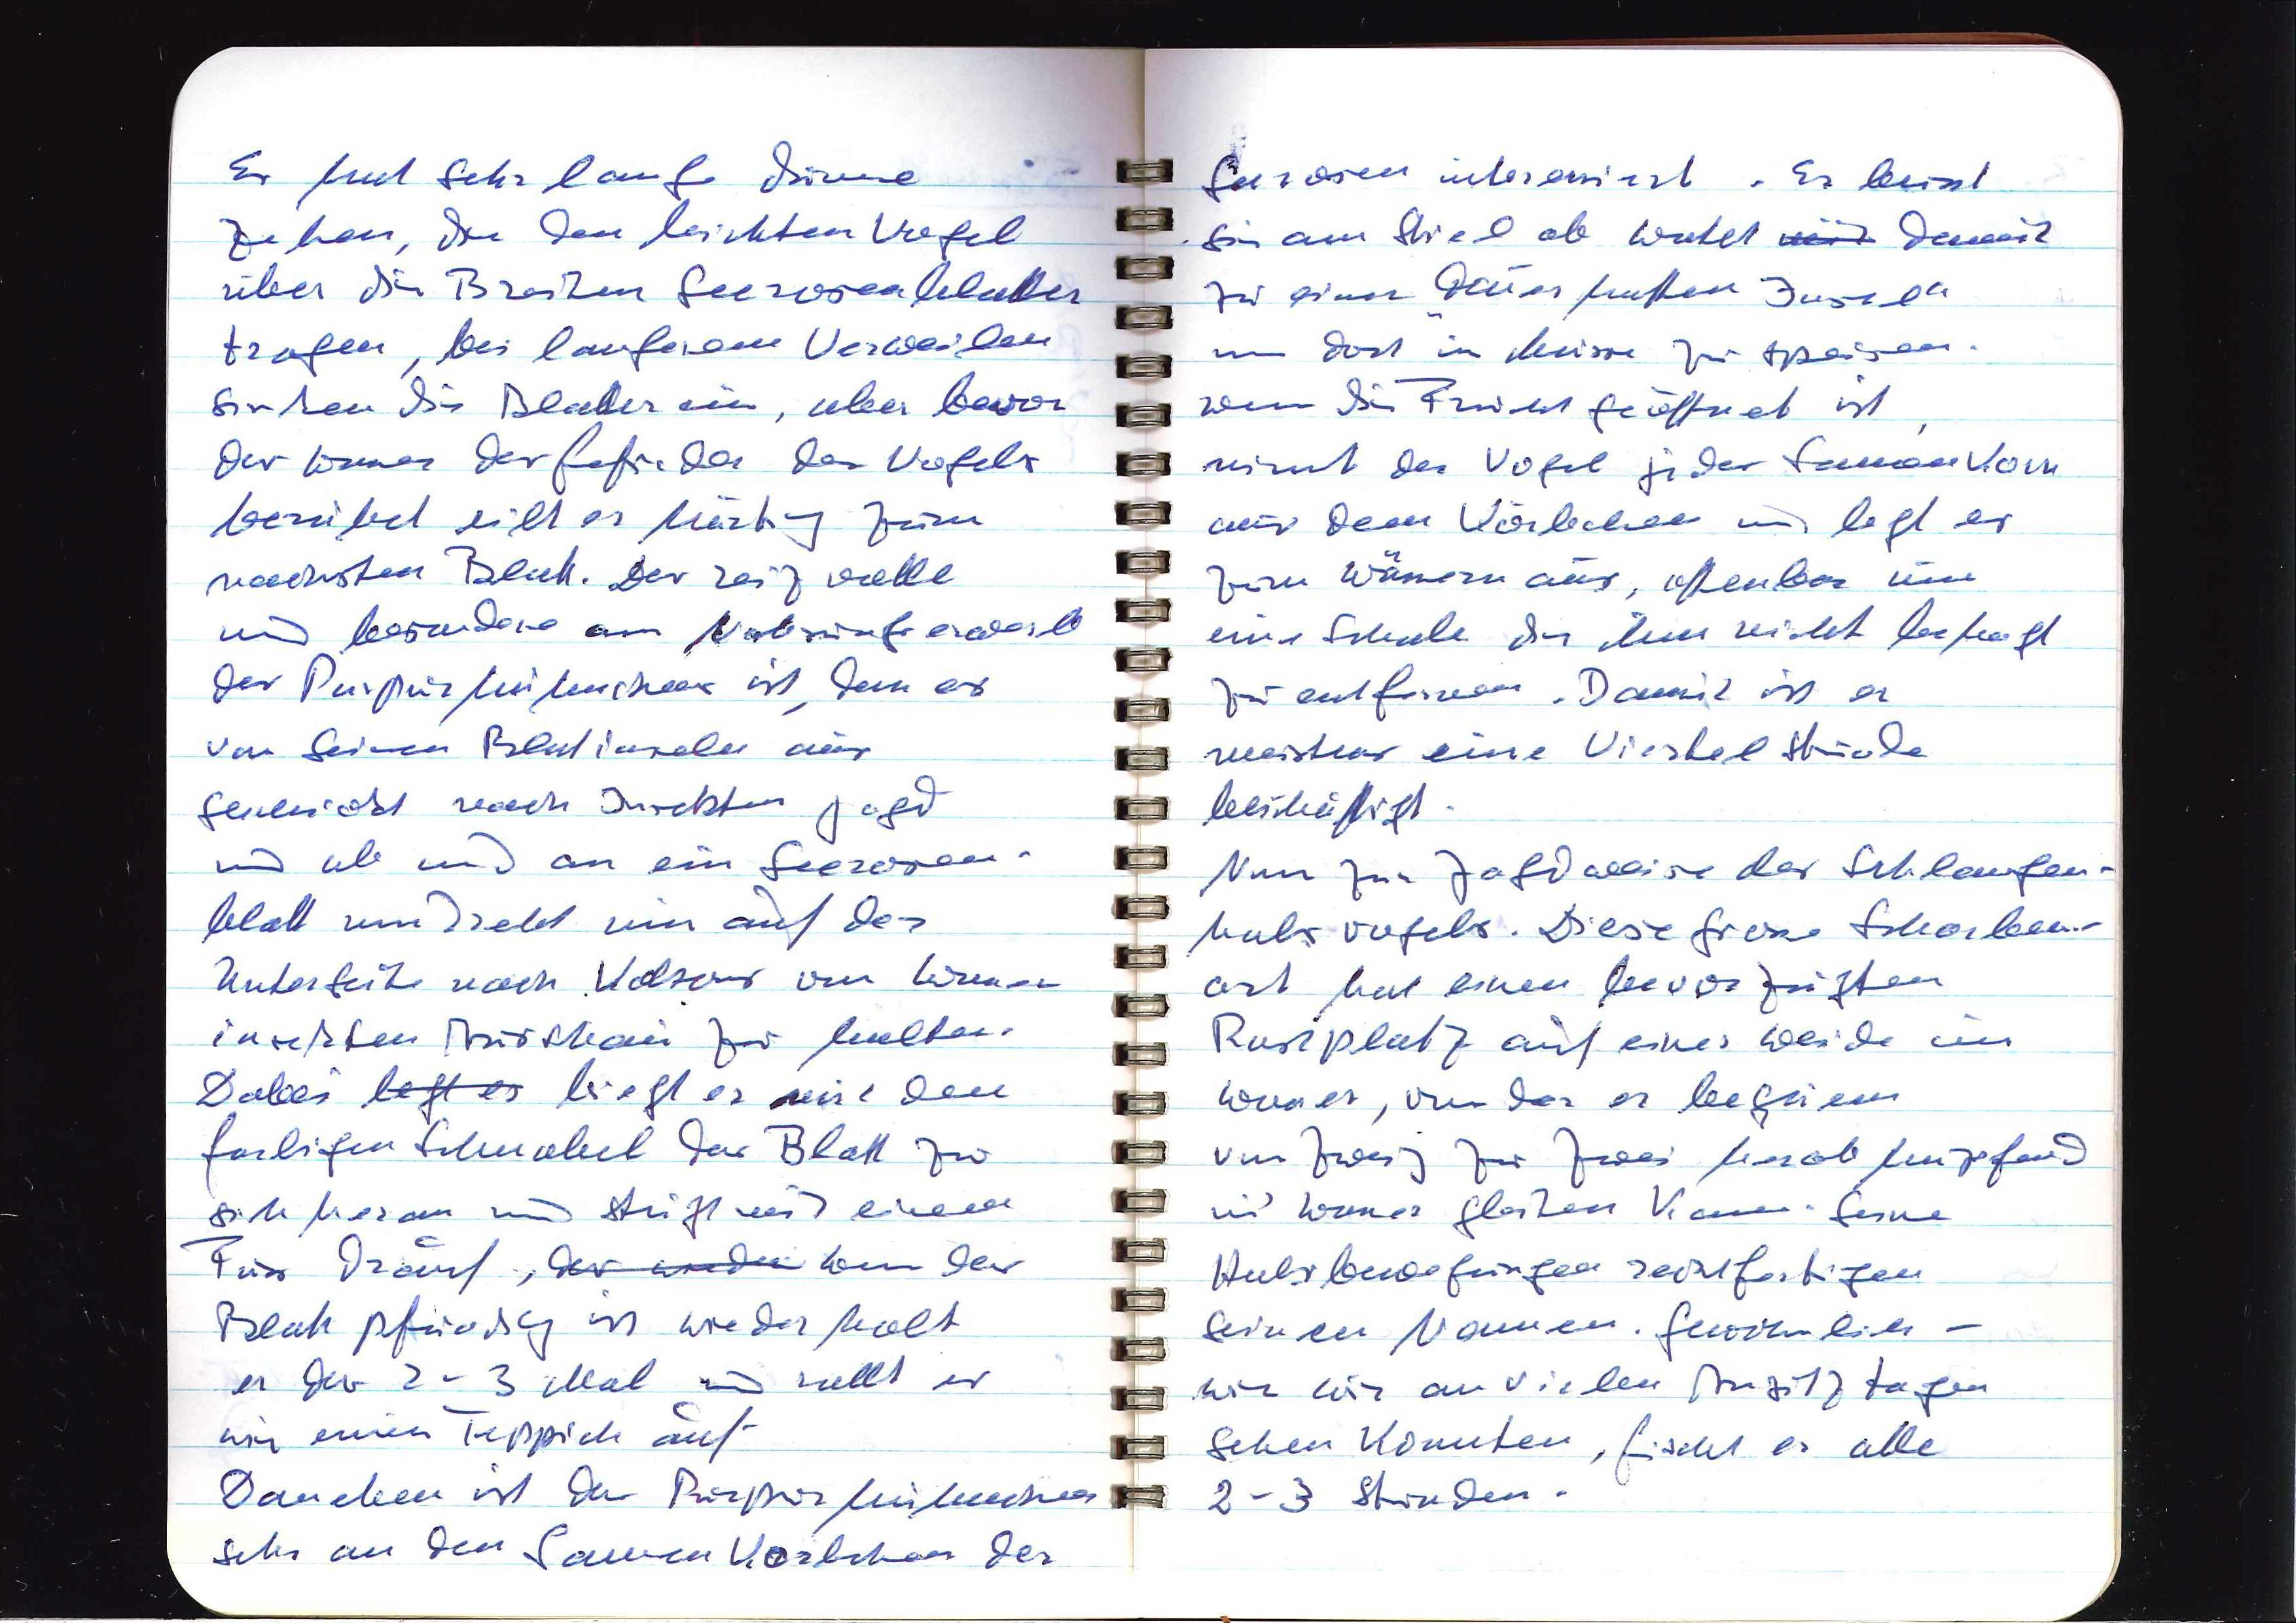
Er hat sehr lange dünne
Zehen, die den leichten Vogel
über die Breiten Seerosenblätter
tragen, bei längerem Verweilen
sinken die Blätter ein, aber bevor
das Wasser das Gefieder des Vogels
berührt eilt er hurtig zum
nächsten Blatt. Das reizvolle
und besondere am Nahrungserwerb
des Purpurhähnchens ist, dass es
von seinen Blattinseln aus
geschickt nach Insekten jagd
und ab und an ein Seerosen¬
blatt umdreht um auf der
Unterseite nach Kontour von Wasser
insekten Ausschau zu halten.
Dabei legt es biegt es mit dem
farbigen Schnabel das Blatt zu
sich heran und steigt mit einem
Fuss darauf, der andere wenn das
Blatt xfertig ist wiederholt
es das 2-3 Mal und stellt es
wie einen Teppich auf.
Daneben ist das Purpurhähnchen
sehr an den Samenkörbchen der

Seerosen interessiert. Es kaut
sie am Stiel ab watet mit damit
zu einer dauerhaften Insel
um dort in Musse zu speisen.
Wenn die Frucht geöffnet ist,
nimmt der Vogel jedes Samenkorn
aus dem Körbchen und legt es
zum Wärmen aus, offenbar um
eine Schale die ihm nicht behagt
zu entfernen. Damit ist er
meistens eine Viertelstunde
beschäftigt.
Nun zur Jagdweise des Schlangen¬
halsvogels. Diese grosse Scharben¬
art hat einen bevorzugten
Rastplatz auf einer Weide im
Wasser, von der es bequem
von Zweig zu Zweig hinabhüpfend
ins Wasser gleiten kann. Seine
Halsbewegungen rechtfertigen
seinen Namen. Gewöhnlich —
wie wir an vielen Ansitztagen
sehen konnten, fischt er alle
2-3 Stunden.